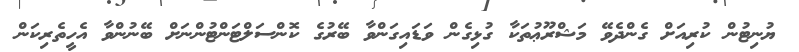
ޔުނިޓުން ކުރިއަށް ގެންދެވޭ މަޝްރޫޢުތަކާ ގުޅިގެން ވަޑައިގަންވާ ބޭރުގެ ކޮންސަލްޓަންޓުންނަށް ބޭނުންވާ އެހީތެރިކަން